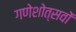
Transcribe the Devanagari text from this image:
गणेशोत्सवों